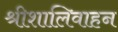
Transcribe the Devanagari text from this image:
श्रीशालिवाहन